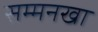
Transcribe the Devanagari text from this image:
सम्मनखा